Report on sanitation, dispensaries, and jails in Rajputana for 1912, and on vaccination for the year 1912-1913 - 1912-1913
Year: 1912
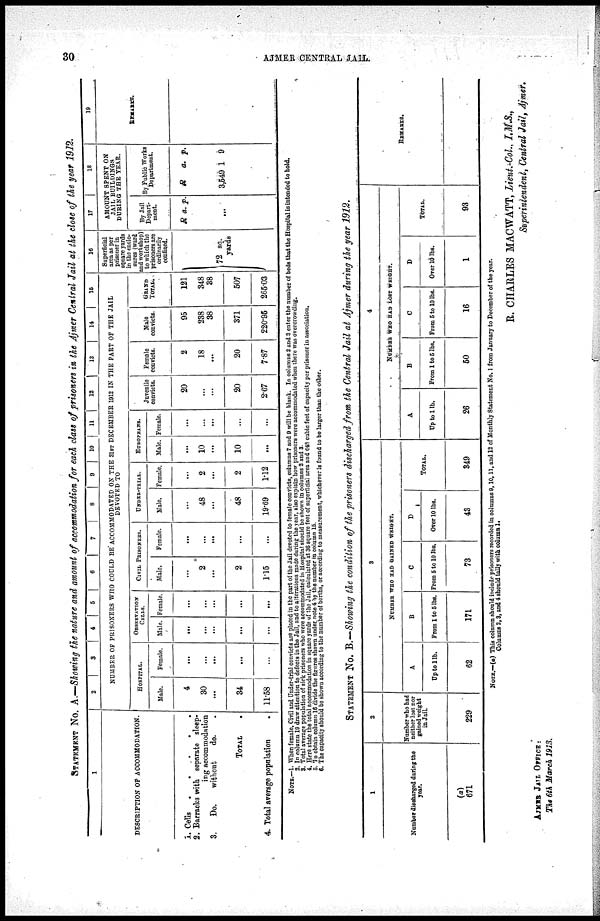
30
AJMER CENTRAL JAIL.
STATEMENT No. A.—Showing the nature and amount of accommodation for each class of prisoners in the Ajmer Central Jail at the close of the year 1912.
1
DESCRIPTION OF ACCOMMODATION.
1.
2.
3.
4.
Cells . . . . .
Barracks with separate sleep-
ing accommodation
Do.
without
do.
TOTAL .
Total average population
.
2
3
4
5 6
7
8
9
10
11
12
13
14
15
NUMBER OF PRISONERS WHO COULD BE ACCOMMODATED ON THE 31ST DECEMBER 1912 IN THE PART OF THE JAIL
DEVOTED TO
HOSPITAL.
Male.
4
30
...
34
11.58
Female.
...
...
...
...
...
OBSERVATION
CELLS.
Male.
...
...
...
...
...
Female.
...
...
...
...
...
CIVIL PRISONERS.
Male.
...
2
...
2
1. 15
Female.
...
...
...
...
...
UNDER-TRIAL.
Male.
...
48
...
48
19.69
Female.
...
2
...
2
1.12
EUROPEANS.
Male.
...
10
...
10
...
Female.
...
...
...
...
...
Juvenile
convicts.
20
...
...
20
2.67
Female
convicts.
2
18
...
20
7.87
Male
convicts.
95
238
38
371
220.95
GRAND
TOTAL.
121
348
38
507
265.03
16
Superficial
area as per
prisoner in
square yards
in the enclo-
sures (ward
and workshop)
to which the
prisoners are
ordinarily
confined.
72 sq.
yards
17
18
AMOUNT SPENT ON
JAIL BUILDINGS
DURING THE YEAR.
By Jail
Depart-
ment.
R a. p.
...
By Public Works
Department.
R
3,549
a.
1
p.
9
19
REMARKS.
NOTE.—1. When female, Civil and Under-trial convicts are placed in the part of the Jail devoted to female convicts, columns 7 and 9 will be blank. In columns 2 and 3 enter the number of beds that the Hospital is intended to hold.
2. In column 19 draw attention to defects in the Jail, and to alterations made during the year, also explain how prisoners were accommodated when there was overcrowding.
3. Total average population of sick prisoners who were accommodated in Hospital should be shown in columns 2 and 3.
4. Here state the total accommodation in square yards of the Jail, calculated at 36 square feet of superficial area and 648 cubic feet of capacity per prisoner in association.
5. To obtain column 16 divide the figures shown under, note 4 by the number in column 15.
6. The capacity should be shown according to the number of berths, or according to measurement, whichever is found to be larger than the other.
STATEMENT No. B.—Showing the condition of the prisoners discharged from the Central Jail at Ajmer during the year 1912.
1
Number discharged during the
year.
(a)
671
2
Number who had
neither lost nor
gained weight
in Jail.
229
3
NUMBER WHO HAD GAINED WEIGHT.
A
up to 1lb.
62
B
From 1 to 5 lbs.
171
C
From 5 to 10 lbs.
73
D
Over 10 lbs.
43
TOTAL.
349
4
NUMBER WHO HAD LOST WEIGHT.
A
Up to 1 lb.
26
B
From 1 to 5 lbs.
50
C
From 5 to 10 lbs.
16
D
Over 10 lbs.
1
TOTAL.
93
REMARKS.
NOTE.—(a) This column should include prisoners recorded in columns 9,10,11, and 12 of Monthly Statement No. 1 from January to December of the year.
Columns 2,3, and 4 should tally with column 1.
R. CHARLES MACWATT, Lieut.-Col., I.M.S.,
Superintendent, Central Jail, Ajmer.
AJMER JAIL OFFICE :
The 6th March 1913.